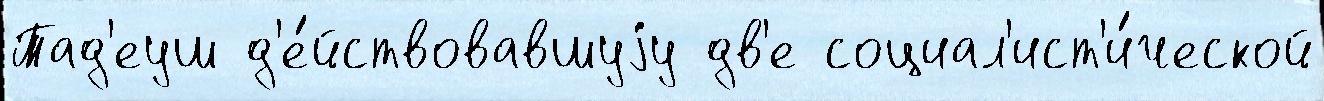
Тад'еуш д'е́йствовавшуjу дв'е социал'ист'и́ческой